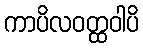
ကာပိလဝတ္ထဝါပိ